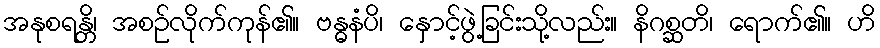
အနုစရန္တိ၊ အစဉ်လိုက်ကုန်၏။ ဗန္ဓနံပိ၊ နှောင့်ဖွဲ့ခြင်းသို့လည်း။ နိဂစ္ဆတိ၊ ရောက်၏။ ဟိ